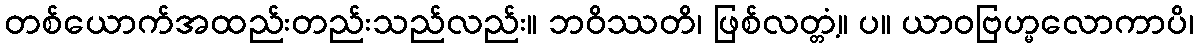
တစ်ယောက်အထည်းတည်းသည်လည်း။ ဘဝိဿတိ၊ ဖြစ်လတ္တံ့။ ပ။ ယာဝဗြဟ္မလောကာပိ၊